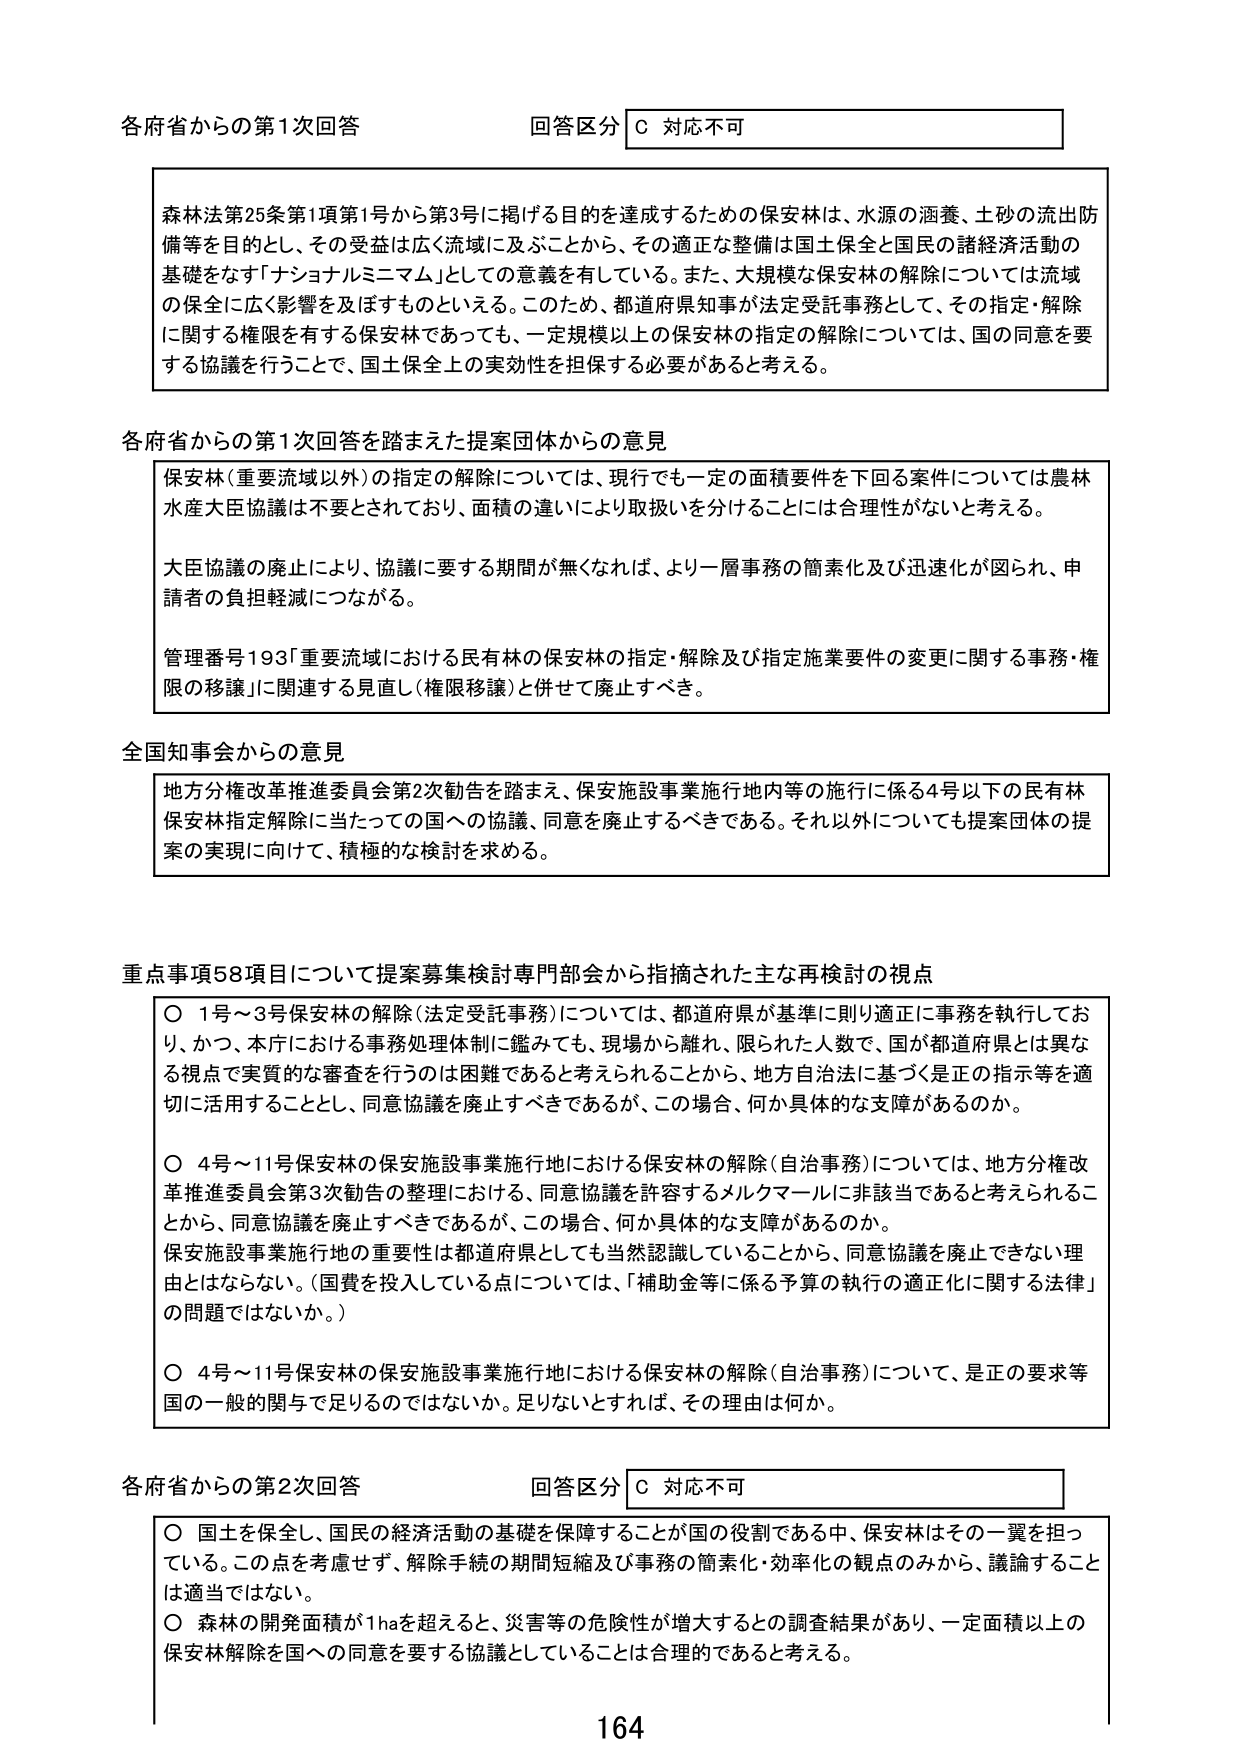
各府省からの第1次回答 回答区分 C 対応不可

森林法第25条第1項第1号から第3号に掲げる目的を達成するための保安林は、水源の涵養、土砂の流出防備等を目的とし、その受益は広く流域に及ぶことから、その適正な整備は国土保全と国民の諸経済活動の基礎をなす「ナショナルミニマム」としての意義を有している。また、大規模な保安林の解除については流域の保全に広く影響を及ぼすものといえる。このため、都道府県知事が法定受託事務として、その指定・解除に関する権限を有する保安林であっても、一定規模以上の保安林の指定の解除については、国の同意を要する協議を行うことで、国土保全上の実効性を担保する必要があると考える。

各府省からの第1次回答を踏まえた提案団体からの意見

保安林（重要流域以外）の指定の解除については、現行でも一定の面積要件を下回る案件については農林水産大臣協議は不要とされており、面積の違いにより取扱いを分けることには合理性がないと考える。

大臣協議の廃止により、協議に要する期間が無くなれば、より一層事務の簡素化及び迅速化が図られ、申請者の負担軽減につながる。

管理番号193「重要流域における民有林の保安林の指定・解除及び指定施業要件の変更に関する事務・権限の移譲」に関連する見直し（権限移譲）と併せて廃止すべき。

全国知事会からの意見

地方分権改革推進委員会第2次勧告を踏まえ、保安施設事業施行地内等の施行に係る4号以下の民有林保安林指定解除に当たっての国への協議、同意を廃止するべきである。それ以外についても提案団体の提案の実現に向けて、積極的な検討を求める。

重点事項58項目について提案募集検討専門部会から指摘された主な再検討の視点

○ 1号～3号保安林の解除（法定受託事務）については、都道府県が基準に則り適正に事務を執行しており、かつ、本庁における事務処理体制に鑑みても、現場から離れ、限られた人数で、国が都道府県とは異なる視点で実質的な審査を行うのは困難であると考えられることから、地方自治法に基づく是正の指示等を適切に活用することとし、同意協議を廃止すべきであるが、この場合、何か具体的な支障があるのか。

○ 4号～11号保安林の保安施設事業施行地における保安林の解除（自治事務）については、地方分権改革推進委員会第3次勧告の整理における、同意協議を許容するメルクマールに非該当であると考えられることから、同意協議を廃止すべきであるが、この場合、何か具体的な支障があるのか。

保安施設事業施行地の重要性は都道府県としても当然認識していることから、同意協議を廃止できない理由とはならない。（国費を投入している点については、「補助金等に係る予算の執行の適正化に関する法律」の問題ではないか。）

○ 4号～11号保安林の保安施設事業施行地における保安林の解除（自治事務）について、是正の要求等国の一般的関与で足りるのではないのか。足りないとすれば、その理由は何か。

各府省からの第2次回答 回答区分 C 対応不可

○ 国土を保全し、国民の経済活動の基礎を保障することが国の役割である中、保安林はその一翼を担っている。この点を考慮せず、解除手続の期間短縮及び事務の簡素化・効率化の観点のみから、議論することは適当ではない。

○ 森林の開発面積が1haを超えると、災害等の危険性が増大するとの調査結果があり、一定面積以上の保安林解除を国への同意を要する協議としていることは合理的であると考える。

164